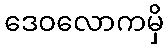
ဒေဝလောကမှိ